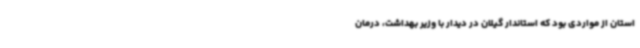
استان از مواردی بود که استاندار گیلان در دیدار با وزیر بهداشت، درمان